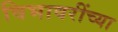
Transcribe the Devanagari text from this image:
विभावरींच्या